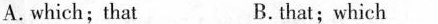
A.which;that B.that;which